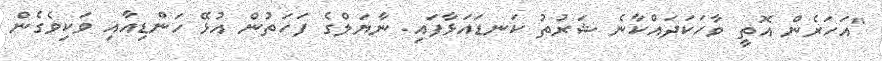
"އަހަރެން އޮތީ ވާހަކަދައްކާނެ ޝަރުތު ކަނޑައަޅާފައި. ނާޔަލްގެ ފަހަތުން އުޅޭ ހަންޑިއާއި ވަކިވެގެން